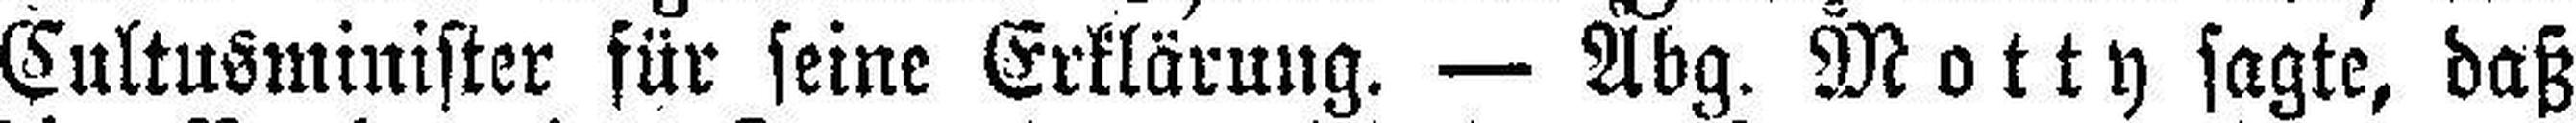
Cultusminister für seine Erklärung. — Abg. Motty sagte, daß